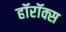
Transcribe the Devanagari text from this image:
हॉरॉक्स